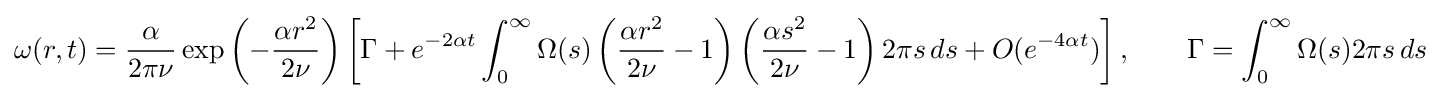
\omega (r,t)={\frac {\alpha }{2\pi \nu }}\exp \left(-{\frac {\alpha r^{2}}{2\nu }}\right)\left[\Gamma +e^{-2\alpha t}\int _{0}^{\infty }\Omega (s)\left({\frac {\alpha r^{2}}{2\nu }}-1\right)\left({\frac {\alpha s^{2}}{2\nu }}-1\right)2\pi s\,ds+O(e^{-4\alpha t})\right],\qquad \Gamma =\int _{0}^{\infty }\Omega (s)2\pi s\,ds